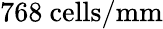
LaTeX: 768~\mathrm{cells}/\mathrm{mm}